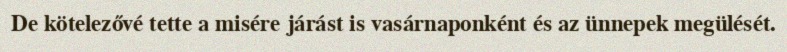
De kötelezővé tette a misére járást is vasárnaponként és az ünnepek megülését.